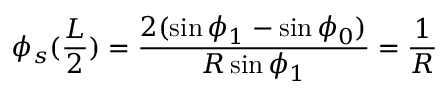
\phi _ { s } ( \frac { L } { 2 } ) = \frac { 2 ( \sin \phi _ { 1 } - \sin \phi _ { 0 } ) } { R \sin \phi _ { 1 } } = \frac { 1 } { R }